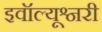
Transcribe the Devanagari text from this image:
इवॉल्यूश्नरी